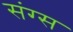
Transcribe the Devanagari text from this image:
संग्स